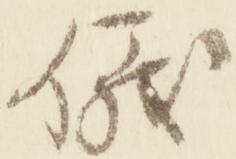
儀